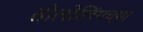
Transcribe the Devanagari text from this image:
तोलोलिंगच्या